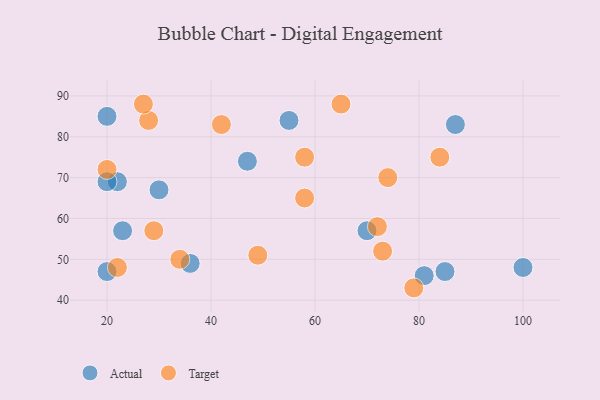
{"axis": {"x": "GDP", "y": "Life Expectancy"}, "legend": ["Actual", "Target"], "data": [{"x": "70", "y": 57, "type": "Actual"}, {"x": "20", "y": 85, "type": "Actual"}, {"x": "55", "y": 84, "type": "Actual"}, {"x": "36", "y": 49, "type": "Actual"}, {"x": "85", "y": 47, "type": "Actual"}, {"x": "81", "y": 46, "type": "Actual"}, {"x": "100", "y": 48, "type": "Actual"}, {"x": "47", "y": 74, "type": "Actual"}, {"x": "20", "y": 47, "type": "Actual"}, {"x": "22", "y": 69, "type": "Actual"}, {"x": "30", "y": 67, "type": "Actual"}, {"x": "20", "y": 69, "type": "Actual"}, {"x": "87", "y": 83, "type": "Actual"}, {"x": "23", "y": 57, "type": "Actual"}, {"x": "28", "y": 84, "type": "Target"}, {"x": "42", "y": 83, "type": "Target"}, {"x": "65", "y": 88, "type": "Target"}, {"x": "73", "y": 52, "type": "Target"}, {"x": "58", "y": 75, "type": "Target"}, {"x": "72", "y": 58, "type": "Target"}, {"x": "79", "y": 43, "type": "Target"}, {"x": "29", "y": 57, "type": "Target"}, {"x": "84", "y": 75, "type": "Target"}, {"x": "74", "y": 70, "type": "Target"}, {"x": "34", "y": 50, "type": "Target"}, {"x": "27", "y": 88, "type": "Target"}, {"x": "49", "y": 51, "type": "Target"}, {"x": "22", "y": 48, "type": "Target"}, {"x": "20", "y": 72, "type": "Target"}, {"x": "58", "y": 65, "type": "Target"}]}